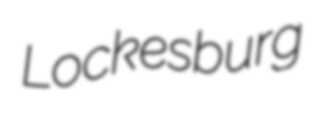
Lockesburg